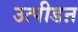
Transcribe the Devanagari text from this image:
उत्पीडऩ